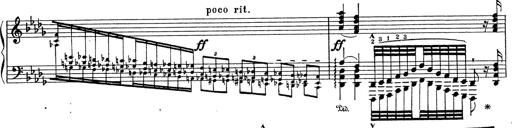
Title: Grosses Konzertsolo
Composer: Franz Liszt